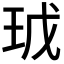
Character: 𭸿